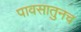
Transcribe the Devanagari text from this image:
पावसातुनच